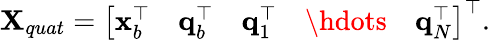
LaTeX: \mathbf{X}_{quat}=\left[\begin{array}{lllll}{\mathbf{x}_{b}^{\top}}&{\mathbf{q}_{b}^{\top}}&{\mathbf{q}_{1}^{\top}}&{\hdots}&{\mathbf{q}_{N}^{\top}}\end{array}\right]^{\top}.